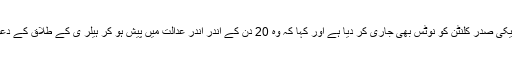
عدالت نے سابق امریکی صدر کلنٹن کو نوٹس بھی جاری کر دیا ہے اور کہا کہ وہ 20 دن کے اندر اندر عدالت میں پیش ہو کر ہیلر ی کے طلاق کے دعوے کا سامنا کریں ۔